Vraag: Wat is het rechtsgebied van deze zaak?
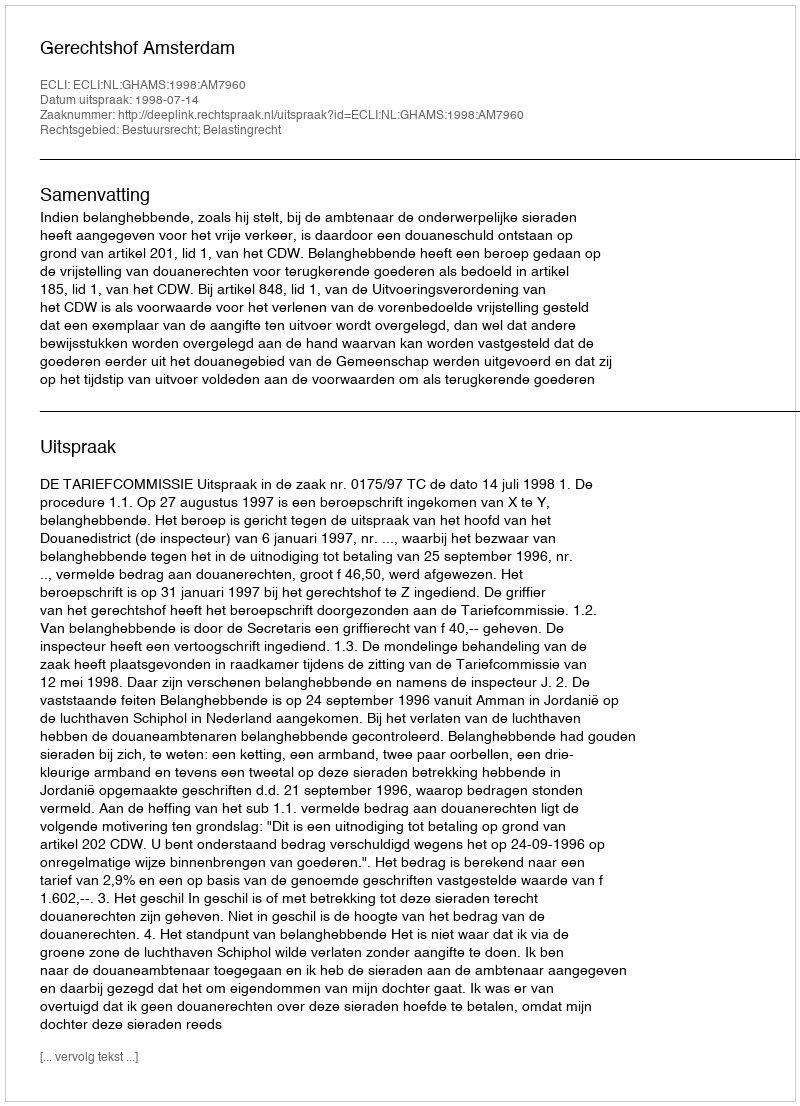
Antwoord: Bestuursrecht; Belastingrecht